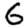
Digit: 6